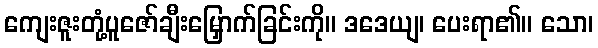
ကျေးဇူးတုံ့ပူဇော်ချီးမြှောက်ခြင်းကို။ ဒဒေယျ၊ ပေးရာ၏။ သော၊